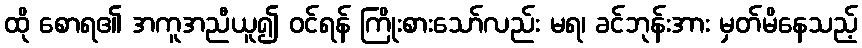
ထို စောရ၏ အကူအညီယူ၍ ဝင်ရန် ကြိုးစားသော်လည်း မရ၊ ခင်ဘုန်းအား မှတ်မိနေသည့်